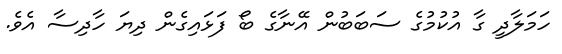
ހަމަލާދީ ގާ އުކުމުގެ ސަބަބުން އޭނާގެ ބޯ ފަޅައިގެން ދިޔަ ހާދިސާ އެވެ.